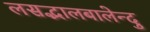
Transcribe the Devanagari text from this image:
लसद्भालबालेन्दु